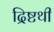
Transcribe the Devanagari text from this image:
द्रिष्टथी